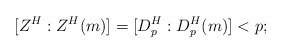
\begin{align*} [Z^H:Z^H(m)]=[D_p^H:D_p^H(m)]<p;\end{align*}